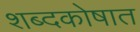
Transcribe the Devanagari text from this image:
शब्दकोषात